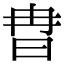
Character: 𣅾